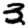
Digit: 3